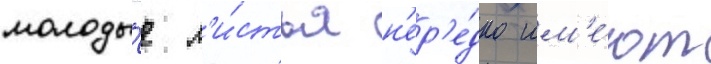
молоды́е л'и́стья н'ер'е́дко им'е́ют